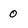
Character: 0